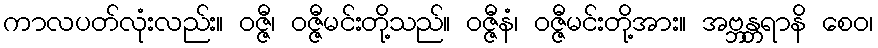
ကာလပတ်လုံးလည်း။ ဝဇ္ဇီ၊ ဝဇ္ဇီမင်းတို့သည်။ ဝဇ္ဇီနံ၊ ဝဇ္ဇီမင်းတို့အား။ အဗ္ဘန္တရာနိ စေဝ၊